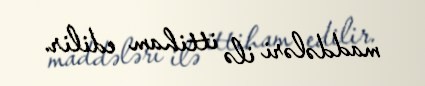
maddələri ilə ittiham edilir.